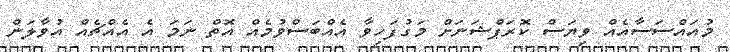
މުއައްސަސާއެއް ވިޔަސް ކޮރަޕްޝަނަށް މަގުފަހިވާ އެއްބަސްވުމެއް އޮތް ނަމަ އެ އެއްޗެއް އުވާލަން